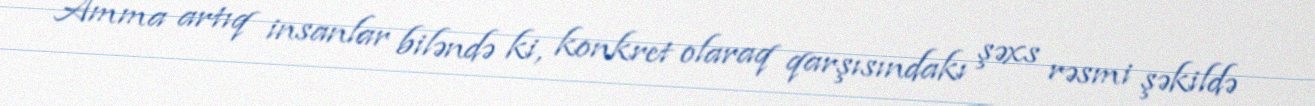
Amma artıq insanlar biləndə ki, konkret olaraq qarşısındakı şəxs rəsmi şəkildə